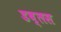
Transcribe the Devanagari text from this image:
डब्लस